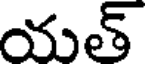
యత్